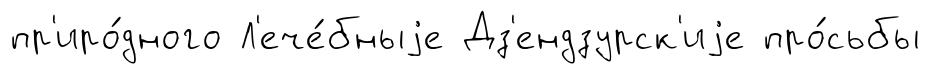
пр'иро́дного Л'ече́бныjе Дз'ендзурск'иjе про́сьбы